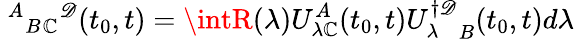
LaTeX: \ {^A}{_B}{_\mathbb{C}}{^\mathscr{D}}(t_{0},t)=\intR(\lambda)U_{\lambda\mathbb{C}}^{A}(t_{0},t){U_{\lambda}^{\dagger\mathscr{D}}}_{B}(t_{0},t)d\lambda